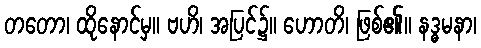
တတော၊ ထိုနောင်မှ။ ဗဟိ၊ အပြင်၌။ ဟောတိ၊ ဖြစ်၏။ နဒ္ဓမနာ၊